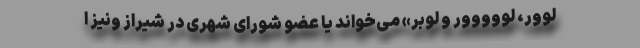
لووِر، لووووور و لوبر» می‌خواند یا عضو شورای شهری در شیراز ونیز ا